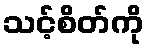
သင့်စိတ်ကို